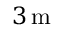
3 \, \mathrm { m }